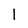
Character: l